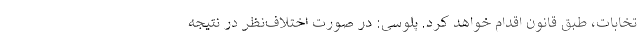
تخابات، طبق قانون اقدام خواهد کرد. پلوسی: در صورت اختلاف‌نظر در نتیجه